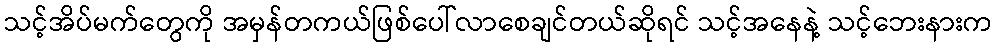
သင့်အိပ်မက်တွေကို အမှန်တကယ်ဖြစ်ပေါ်လာစေချင်တယ်ဆိုရင် သင့်အနေနဲ့ သင့်ဘေးနားက